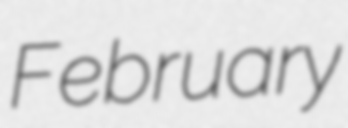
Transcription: February